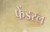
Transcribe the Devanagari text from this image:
फेंडरल